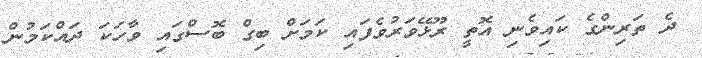
ދެ ތަރިންގެ ކައިވެނި އޮތީ ރޫޅޭވަރުވެފައި ކަމަށް ބިގް ބޮސްގައި ވާހަކަ ދައްކަމުން